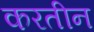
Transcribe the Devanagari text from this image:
करतीन